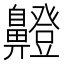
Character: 𮮸